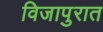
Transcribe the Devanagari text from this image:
विजापुरात